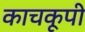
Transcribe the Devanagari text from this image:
काचकूपी